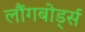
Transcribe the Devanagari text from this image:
लौंगबोर्ड्स